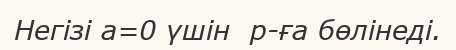
Негізі a=0 үшін  p-ға бөлінеді.